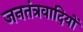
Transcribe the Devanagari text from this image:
जनतंत्रवादियों